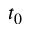
t _ { 0 }